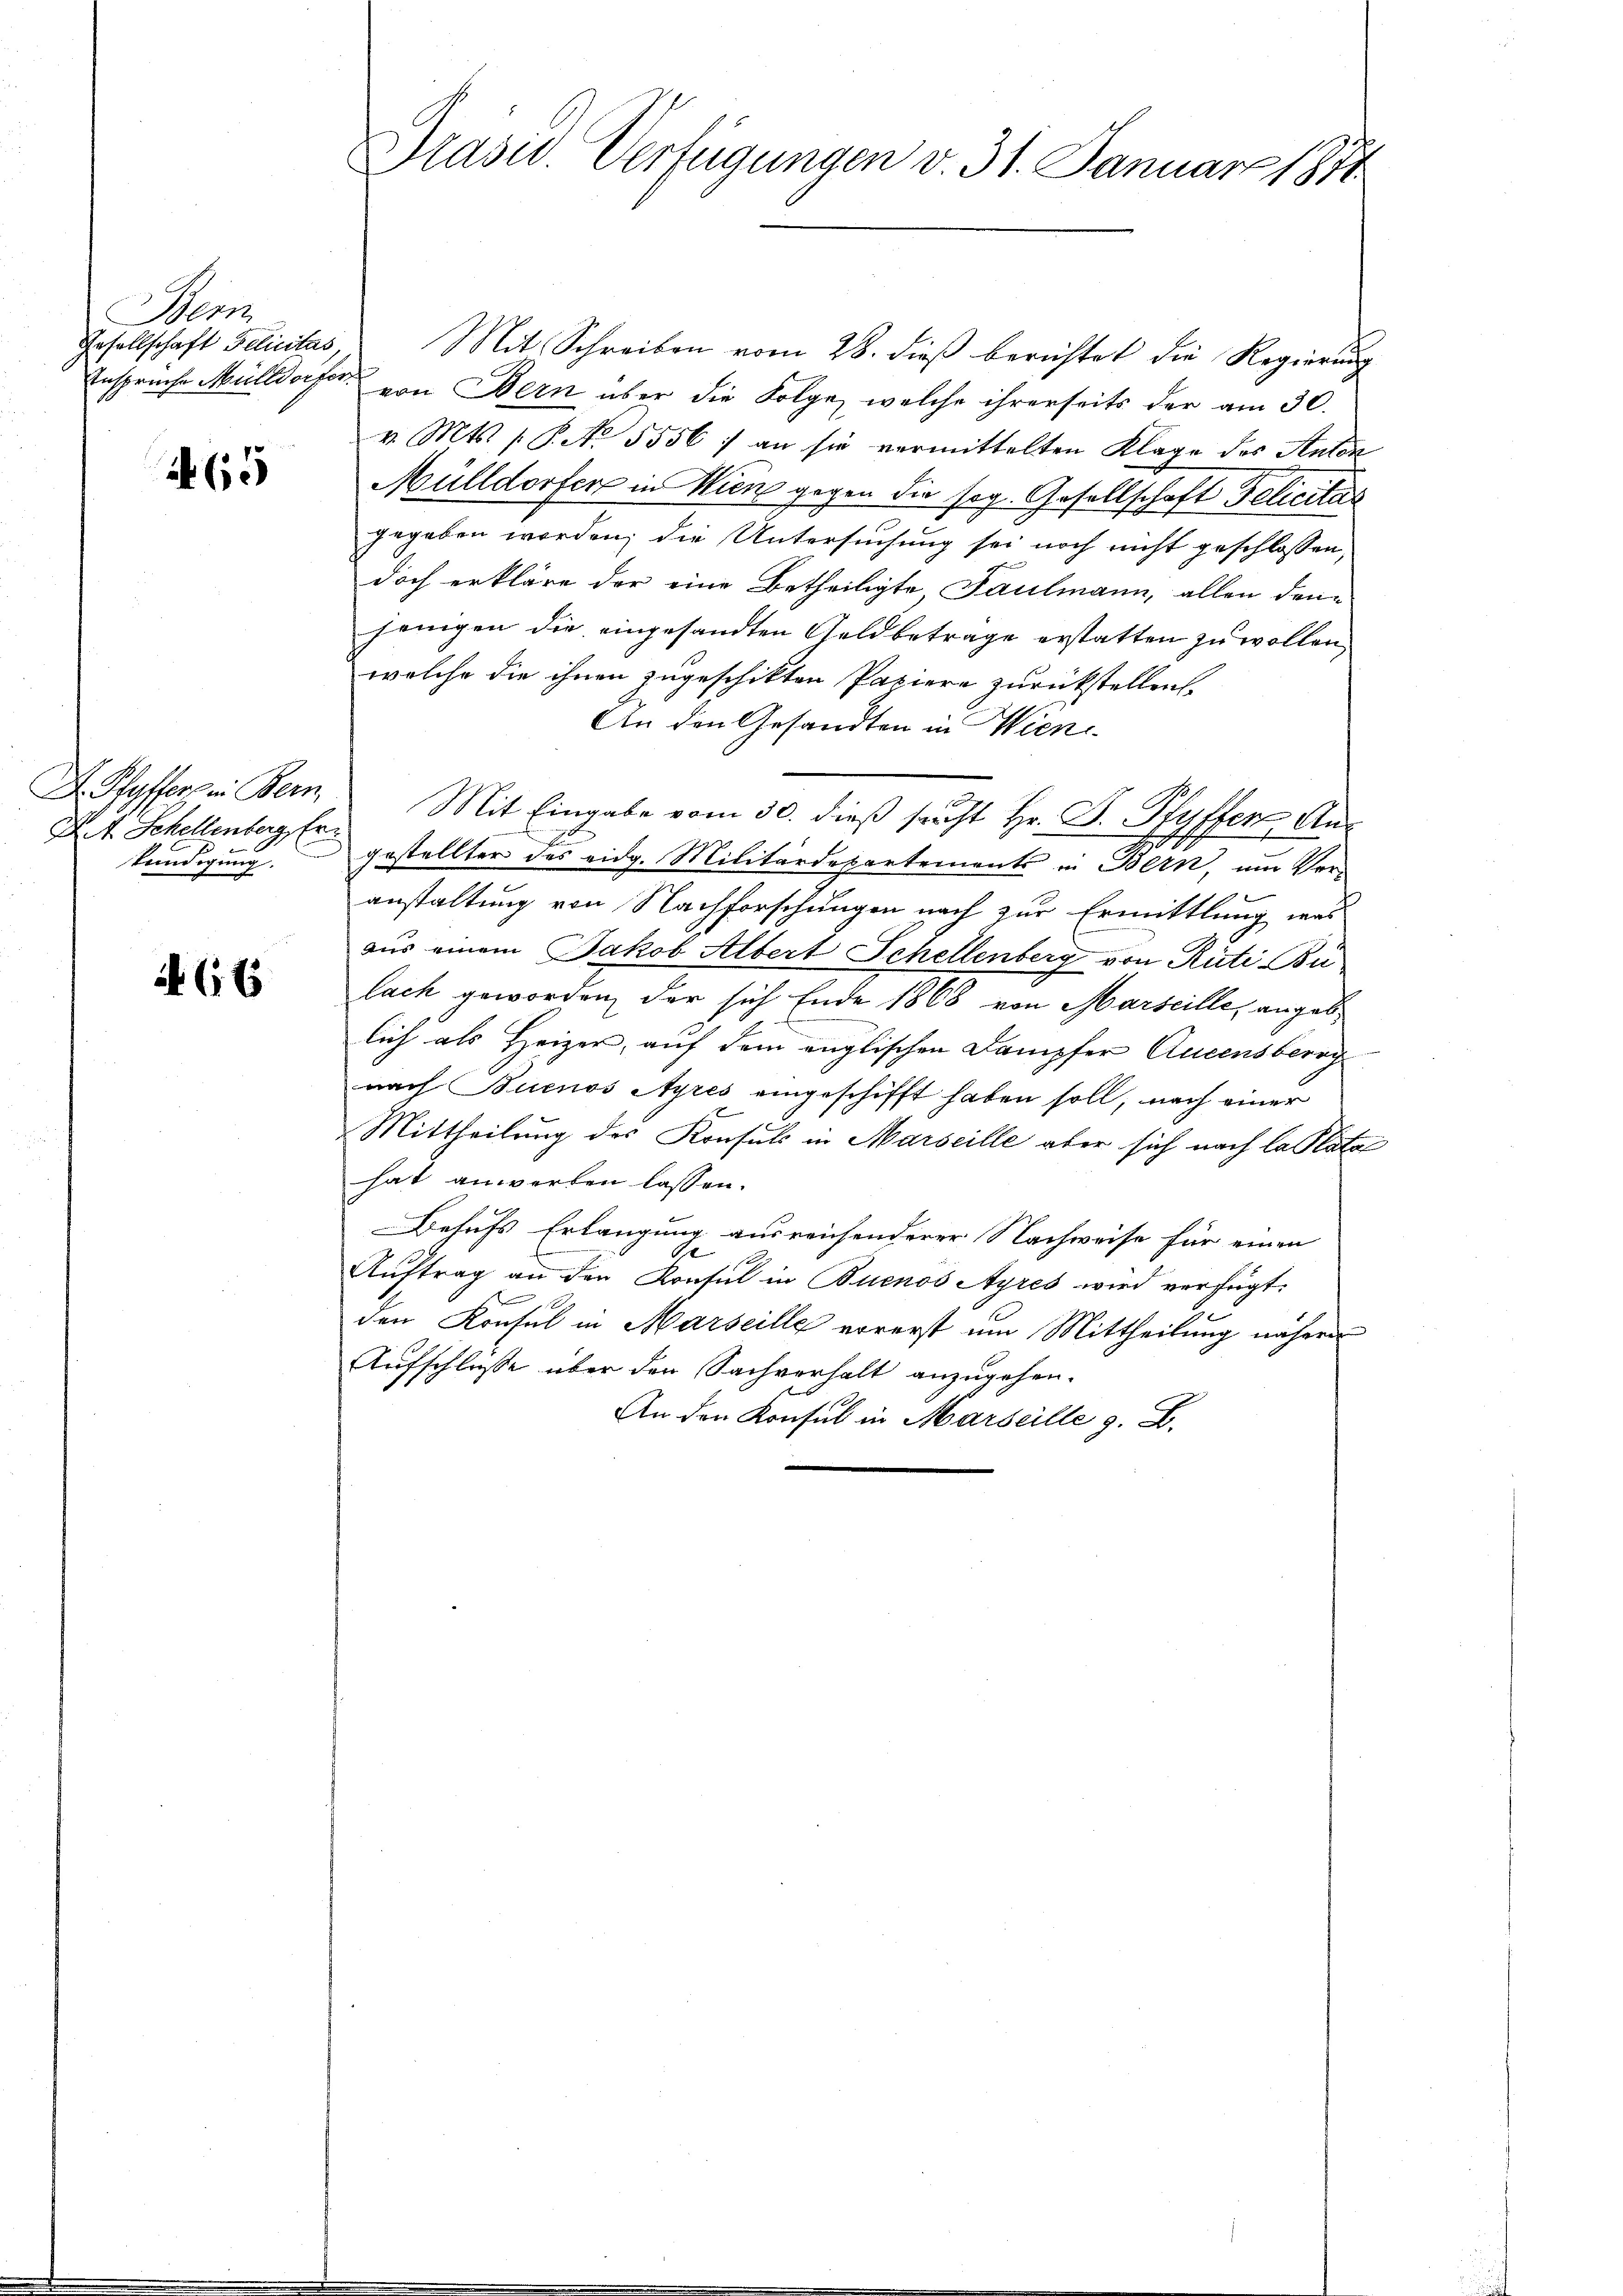
Bem
Gesellschaft Felictas,

A65

A Pfyffers in Bern
D. J. Schellenberg, Er
kündigung.

(6

Präsid. Verfügungen v. 31. Januar 1871

Mit Schreiben vom 28. dieß berichtet die Regierung
Ensprüche Mülldorfer, von Bern über die Folge, welche ihrerseits der am 30.
v. Mts. 1 S. No. 5556) an sie vermittelten Klage des Anton
Mülldorfer in Wien gegen die sog. Gesellschaft Pelicitar
gegeben worden; die Untersuchung sei noch nicht geschlossen,
doch erkläre der eine Betheiligte, Saulmann, allen den
jenigen die eingesandten Geldbetrage erstatten zu wollen,
welche die ihnen zugeschikten Papiere zurückstellen.
An den Gesandten in Wiene
Mit Eingabe vom 30. dieß sucht Hr. D. Pfyffer Angestellter des eidg. Militärdepartements in Bern, um Veranstaltung von Nachforschungen nach zur Ermittlung was
aus einem Jakob Albert Schellenberg von Rüti Bu
lach geworden, der sich Ende 1868 von Marseille, angeblich als Heizer, auf dem englischen Dampfer Queensberg
nach Buenos Ayres eingeschifft haben soll, nach einer
2
Mittheilung des Konsuls in Marseille aber sich nach la Plata
hat anwerben lassen.
Behufs Erlangung ausreichenderer Nachweise für einen
Auftrag an den Konsul in Buenos Ayres wird verfügt:

den Konsul in Marseille vorerst um Mittheilung nähern
Aufschlasse über den Sachverhalt anzugehen.
An den Konsul in Marseille z. B.